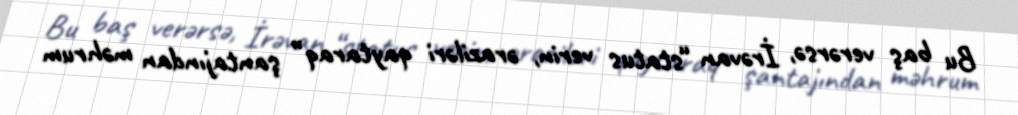
Bu baş verərsə, İrəvan “status verin, əraziləri qaytaraq” şantajından məhrum